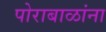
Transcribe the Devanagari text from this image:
पोराबाळांना